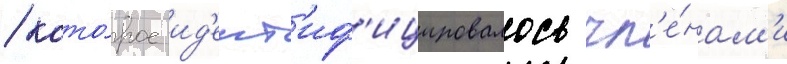
/ кото́рое ид'ент'иф'ицировалось чл'е́нам'и